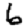
Digit: 6